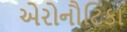
એરોનૌટિકા